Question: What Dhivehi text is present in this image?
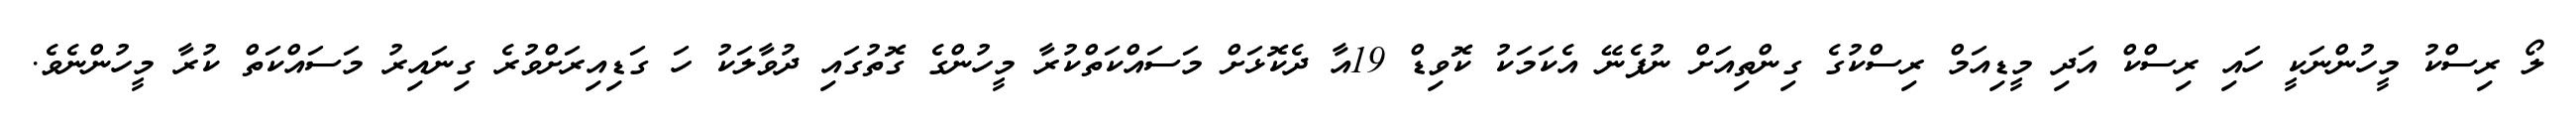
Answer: ލޯ ރިސްކު މީހުންނަކީ ހައި ރިސްކް އަދި މީޑިއަމް ރިސްކުގެ ގިންތިއަށް ނުފެނޭ އެކަމަކު ކޮވިޑް 19އާ ދެކޮޅަށް މަސައްކަތްކުރާ މީހުންގެ ގޮތުގައި ދުވާލަކު ހަ ގަޑިއިރަށްވުރެ ގިނައިރު މަސައްކަތް ކުރާ މީހުންނެވެ.